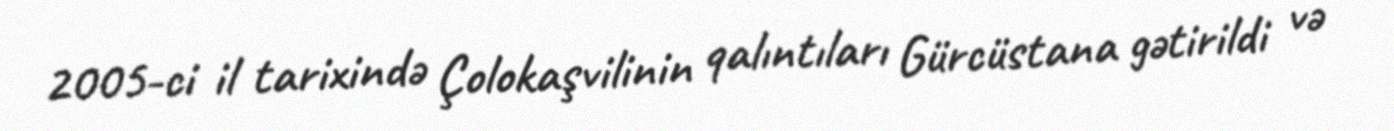
2005-ci il tarixində Çolokaşvilinin qalıntıları Gürcüstana gətirildi və